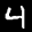
Label: 4